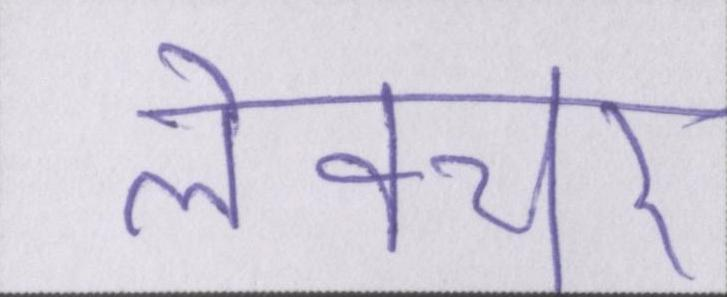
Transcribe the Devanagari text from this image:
लेक्चर